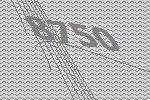
8750